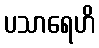
ပသာရေဟိ